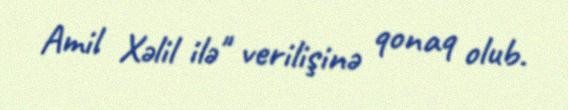
Amil Xəlil ilə" verilişinə qonaq olub.